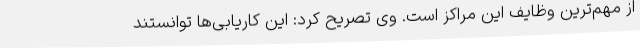
از مهم‌ترین وظایف این مراکز است. وی تصریح کرد: این کاریابی‌ها توانستند